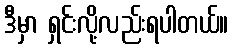
ဒီမှာ ရှင်းလို့လည်းရပါတယ်။